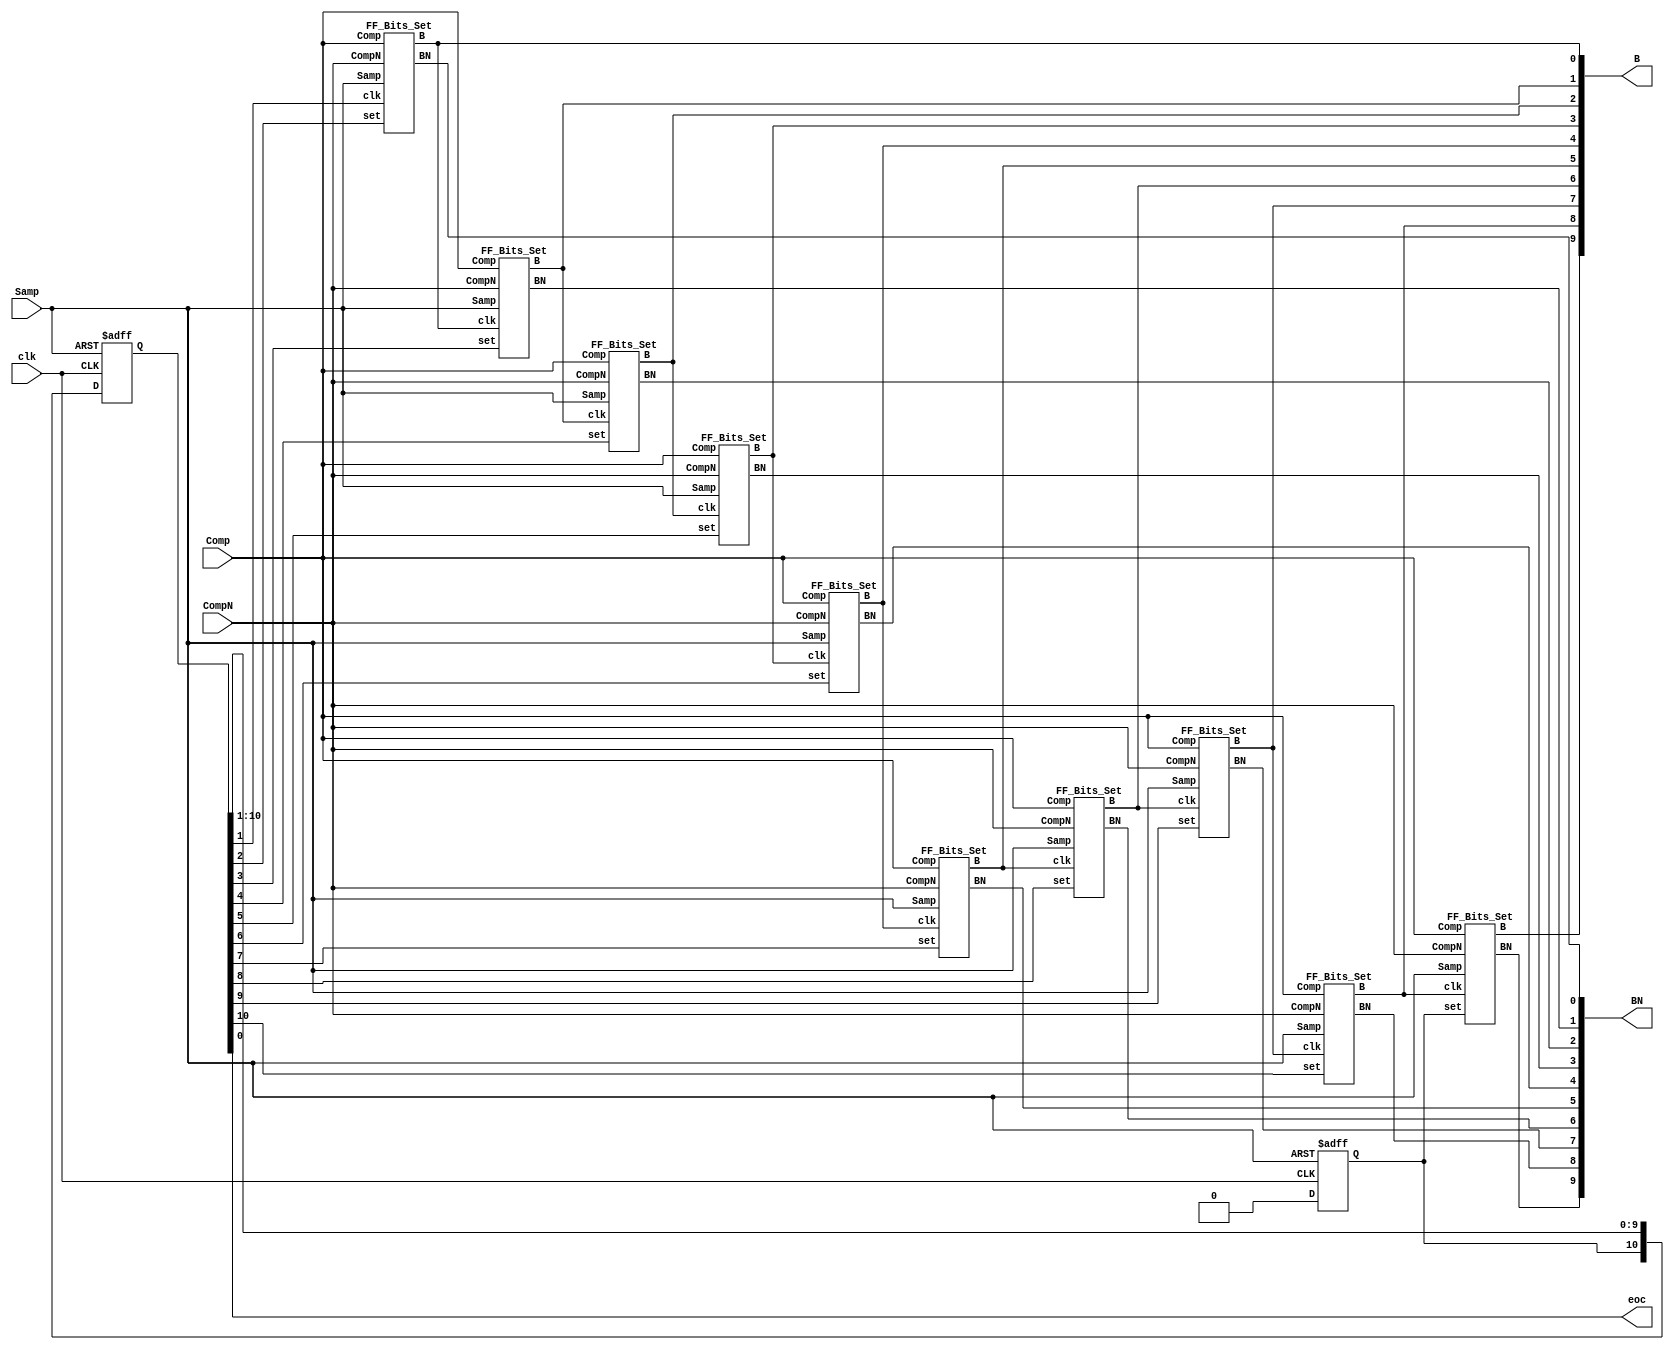
/// sta-blackbox
// SPDX-FileCopyrightText: OnChip - UIS
//
// Licensed under the Apache License, Version 2.0 (the "License");
// you may not use this file except in compliance with the License.
// You may obtain a copy of the License at
//
//      http://www.apache.org/licenses/LICENSE-2.0
//
// Unless required by applicable law or agreed to in writing, software
// distributed under the License is distributed on an "AS IS" BASIS,
// WITHOUT WARRANTIES OR CONDITIONS OF ANY KIND, either express or implied.
// See the License for the specific language governing permissions and
// limitations under the License.
// SPDX-License-Identifier: Apache-2.0

module ADC_SAR_Logic_Conventional(
    `ifdef USE_POWER_PINS
        inout vdd,	// User area 1 1.8V supply
        inout vss,	// User area 1 digital ground
    `endif
    input Comp, CompN, Samp, clk,
    output eoc,
    output [9:0] B, BN
);

reg [11:0] clkx;
assign eoc = clkx[0];

    always @(posedge clk or posedge Samp) begin
        if (Samp) begin
            clkx[11] <= 1'd1;
        end else begin
            clkx[11] <= 0;
        end
    end

    always @(posedge clk or posedge Samp) begin
        if (Samp) begin
            clkx[10:0] <= 11'd0;
        end else begin
            clkx[10:0] <= clkx[11:1];
        end
    end

    FF_Bits_Set FF_B9(
        .Comp(Comp),
        .CompN(CompN),
        .Samp(Samp),
        .set(clkx[11]),
        .clk(B[8]),
        .B(B[9]),
        .BN(BN[9])
    );

    FF_Bits_Set FF_B8(
        .Comp(Comp),
        .CompN(CompN),
        .Samp(Samp),
        .set(clkx[10]),
        .clk(B[7]),
        .B(B[8]),
        .BN(BN[8])
    );

    FF_Bits_Set FF_B7(
        .Comp(Comp),
        .CompN(CompN),
        .Samp(Samp),
        .set(clkx[9]),
        .clk(B[6]),
        .B(B[7]),
        .BN(BN[7])
    );

    FF_Bits_Set FF_B6(
        .Comp(Comp),
        .CompN(CompN),
        .Samp(Samp),
        .set(clkx[8]),
        .clk(B[5]),
        .B(B[6]),
        .BN(BN[6])
    );

    FF_Bits_Set FF_B5(
        .Comp(Comp),
        .CompN(CompN),
        .Samp(Samp),
        .set(clkx[7]),
        .clk(B[4]),
        .B(B[5]),
        .BN(BN[5])
    );

    FF_Bits_Set FF_B4(
        .Comp(Comp),
        .CompN(CompN),
        .Samp(Samp),
        .set(clkx[6]),
        .clk(B[3]),
        .B(B[4]),
        .BN(BN[4])
    );

    FF_Bits_Set FF_B3(
        .Comp(Comp),
        .CompN(CompN),
        .Samp(Samp),
        .set(clkx[5]),
        .clk(B[2]),
        .B(B[3]),
        .BN(BN[3])
    );

    FF_Bits_Set FF_B2(
        .Comp(Comp),
        .CompN(CompN),
        .Samp(Samp),
        .set(clkx[4]),
        .clk(B[1]),
        .B(B[2]),
        .BN(BN[2])
    );

    FF_Bits_Set FF_B1(
        .Comp(Comp),
        .CompN(CompN),
        .Samp(Samp),
        .set(clkx[3]),
        .clk(B[0]),
        .B(B[1]),
        .BN(BN[1])
    );

    FF_Bits_Set FF_B0(
        .Comp(Comp),
        .CompN(CompN),
        .Samp(Samp),
        .set(clkx[2]),
        .clk(clkx[1]),
        .B(B[0]),
        .BN(BN[0])
    );

endmodule

module FF_Bits_Set(
    input Comp, CompN, Samp, clk, set,
    output reg B, BN
);

    always @(posedge clk or posedge Samp or posedge set) begin
        if(set) begin
            B <= 1;
            BN <= 0;
        end
        else if (Samp) begin
            B <= 0;
            BN <= 1;
        end else begin
            B <= Comp;
            BN <= CompN;
        end
    end

endmodule